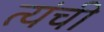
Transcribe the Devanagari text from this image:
त्यंची